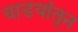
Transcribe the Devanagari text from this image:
वाडयांतून